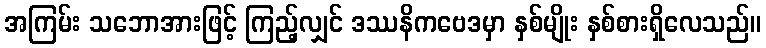
အကြမ်း သဘောအားဖြင့် ကြည့်လျှင် ဒဿနိကဗေဒမှာ နှစ်မျိုး နှစ်စားရှိလေသည်။